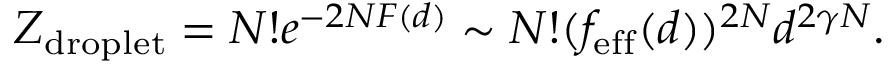
Z _ { \mathrm { d r o p l e t } } = N ! e ^ { - 2 N F ( d ) } \sim N ! ( f _ { \mathrm { e f f } } ( d ) ) ^ { 2 N } d ^ { 2 \gamma N } .